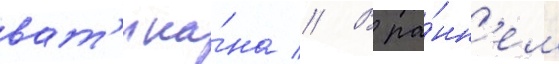
ват'ика́на // В ра́нн'ем